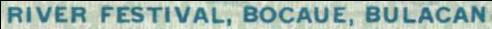
RIVER FESTIVAL, BOCAUE, BULACAN